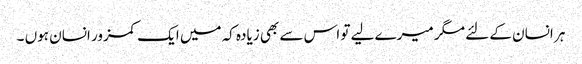
ہر انسان کے لئے مگر میرے لیے تو اس سے بھی زیادہ کہ میں ایک کمزور انسان ہوں ۔